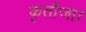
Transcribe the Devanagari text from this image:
कृतौजा।